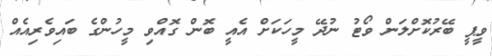
ވީޕީ ބޭރުކޮށްލަން ވޯޓު ނުދޭ މީހަކަށް އެއީ ބޮން ގޮއްވި މީހުންގެ ބައިވެރިއެއް